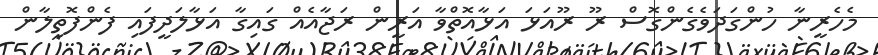
މެހެރީނާ ހުންގަދަވެގެންގޮސް ރޫ ރޫއަޅަ އަޅާއޮތްވާ އަރީން ރަޖާއެއް ގައިގާ އަޅާލަދީފައި ފެންފޮތިލާން